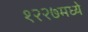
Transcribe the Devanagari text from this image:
१२२७मध्ये